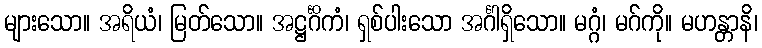
များသော။ အရိယံ၊ မြတ်သော။ အဋ္ဌင်္ဂိကံ၊ ရှစ်ပါးသော အင်္ဂါရှိသော။ မဂ္ဂံ၊ မဂ်ကို။ မဟန္တာနိ၊